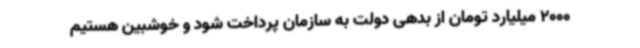
2000 میلیارد تومان از بدهی دولت به سازمان پرداخت شود و خوشبین هستیم